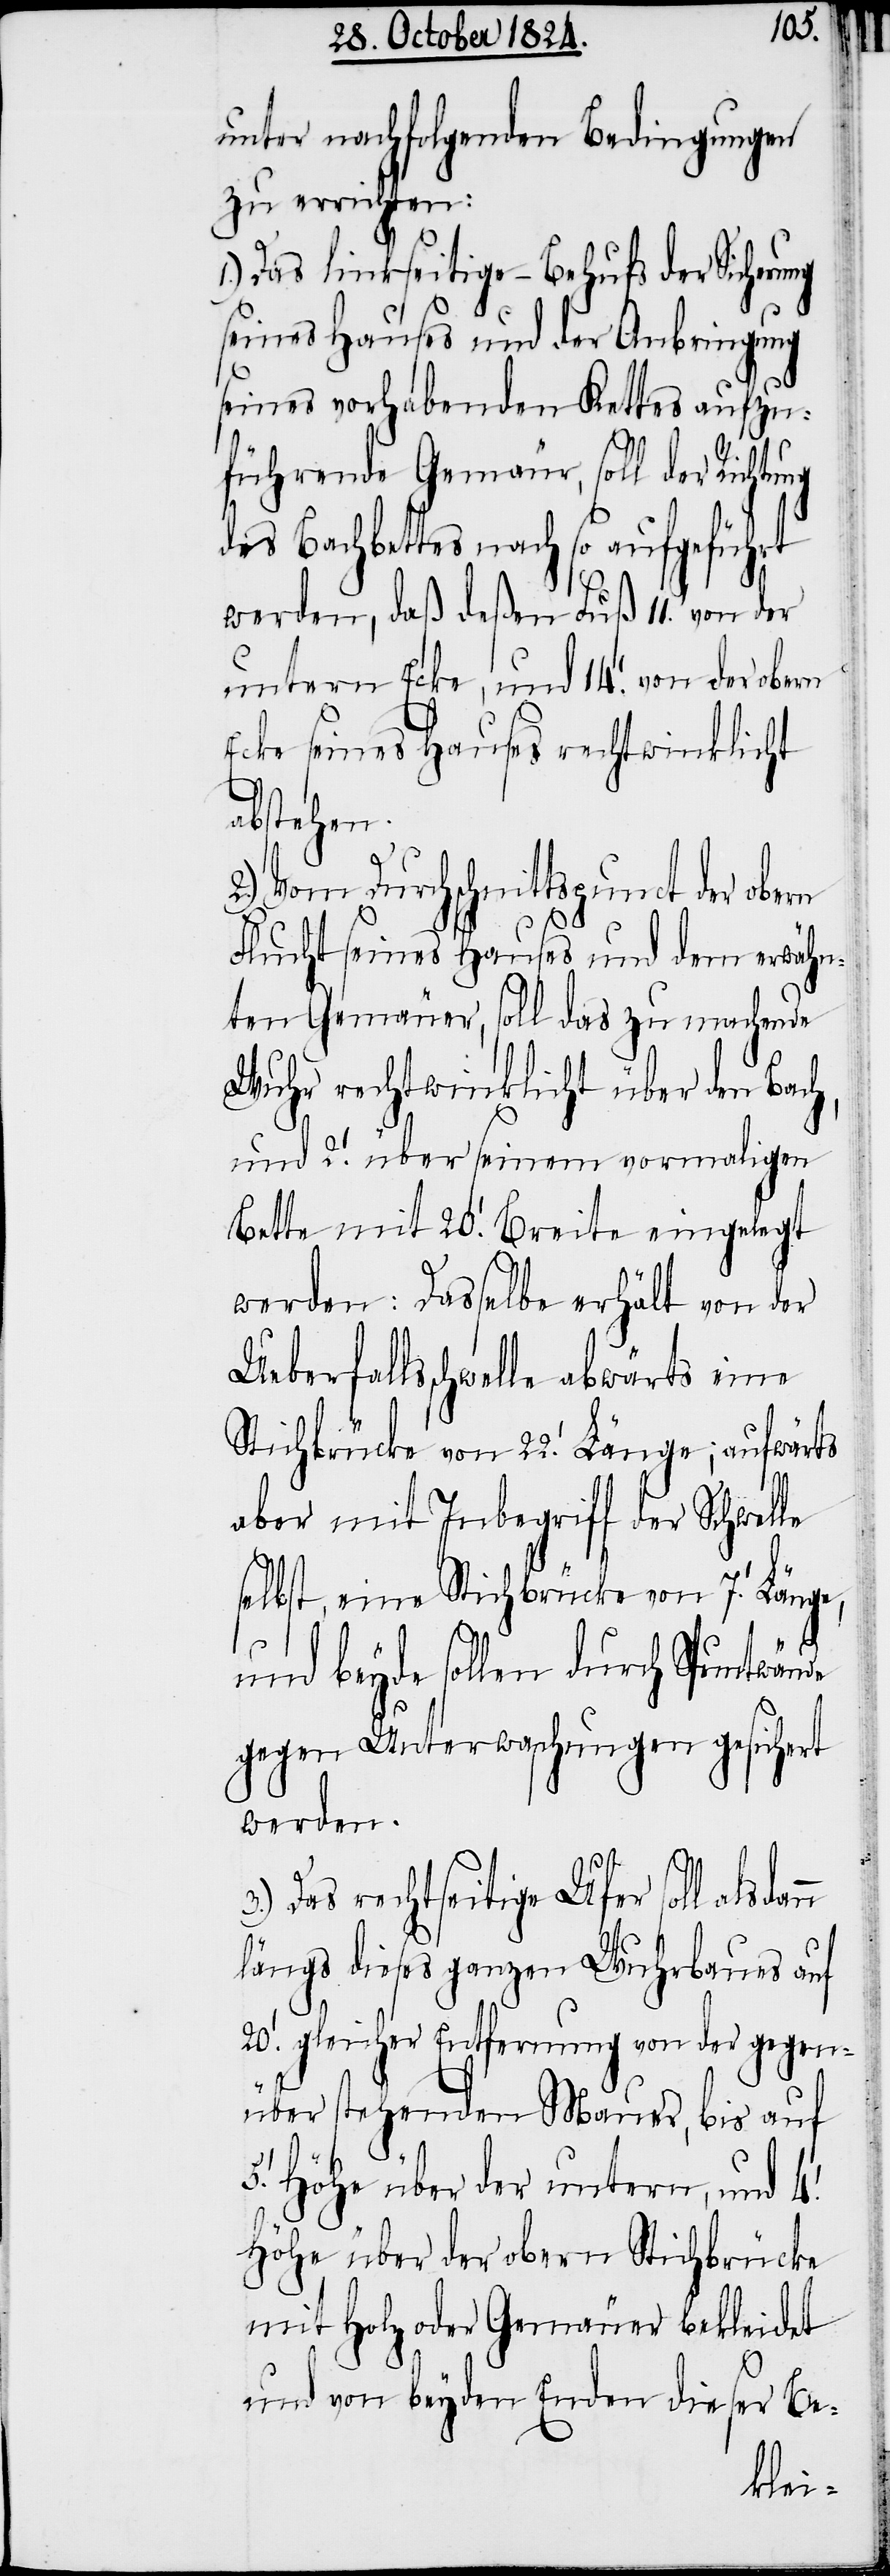
20.
unter nachfolgenden Bedingungen
zu errichten:
1.) Das linkseitige – Behufs der Sicheru¬
seines Hauses und der Anbringung
seines vorhabenden Kettes aufzu¬
führende Gemäur, soll der Richtu¬
des Bachbettes nach so ausgeführt
werden, daß deßen Fuß 11. [Fuß]
untern Ecke, und 14. [Fuß] von der
Ecke seines Hauses rechtwinklicht
abstehen.
2.) Vom Durchschnittspunct der obern
nn
Flucht seines Hauses und dem erwähn¬
ten Gemäuer, soll das zu machende
Wuhr rechtwinklicht über den Bach,
und 2. [Fuß] über seinem vormaligen
werden: Dasselbe erhält von der
Ueberfallsschwelle abwärts eine
und beyde sollen durch Spuntwände
gegen Unterwaschungen gesichert
werden.
Das rechtseitige Ufer soll alsda¬
längs dieses ganzen Wuhrbaues auf
gleicher Entfernung von der gegen¬
über stehenden Mauer, bis auf
Höhe über der untern, und 4.
Höhe über der obern Stichbrücke
mit Holz oder Gemäuer bekleidet
und von beyden Enden dieser Be-